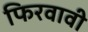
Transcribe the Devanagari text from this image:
फिरवावी